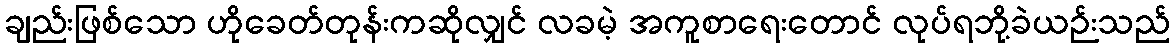
ချည်းဖြစ်သော ဟိုခေတ်တုန်းကဆိုလျှင် လခမဲ့ အကူစာရေးတောင် လုပ်ရဘို့ခဲယဉ်းသည်